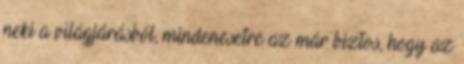
neki a világjárásból, mindenesetre az már biztos, hogy az